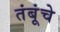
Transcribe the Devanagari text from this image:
तंबूंचे